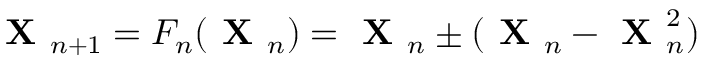
\boldsymbol { \textbf { X } } _ { n + 1 } = F _ { n } ( \boldsymbol { \textbf { X } } _ { n } ) = \boldsymbol { \textbf { X } } _ { n } \pm ( \boldsymbol { \textbf { X } } _ { n } - \boldsymbol { \textbf { X } } _ { n } ^ { 2 } )